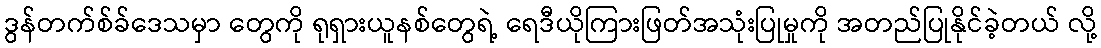
ဒွန်တက်စ်ခ်ဒေသမှာ တွေကို ရုရှားယူနစ်တွေရဲ့ ရေဒီယိုကြားဖြတ်အသုံးပြုမှုကို အတည်ပြုနိုင်ခဲ့တယ် လို့